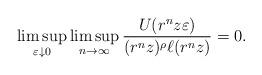
LaTeX: \begin{align*}\limsup_{\varepsilon \downarrow 0} \limsup_{n \to \infty} \frac{ U(r^n z \varepsilon) }{(r^n z)^\rho \ell(r^n z) } = 0.\end{align*}